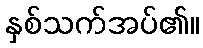
နှစ်သက်အပ်၏။